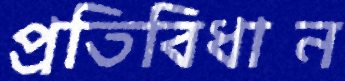
প্রতিবিধান